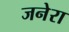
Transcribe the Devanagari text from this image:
जनेरा